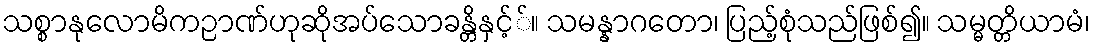
သစ္စာနုလောမိကဉာဏ်ဟုဆိုအပ်သောခန္တိနှင့််။ သမန္နာဂတော၊ ပြည့်စုံသည်ဖြစ်၍။ သမ္မတ္တိယာမံ၊